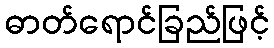
ဓာတ်ရောင်ခြည်ဖြင့်